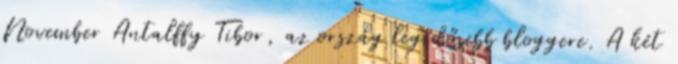
November Antalffy Tibor, az ország legidősebb bloggere. A két